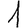
Digit: 1